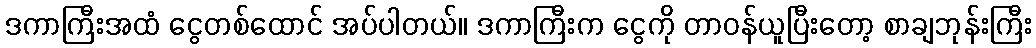
ဒကာကြီးအထံ ငွေတစ်ထောင် အပ်ပါတယ်။ ဒကာကြီးက ငွေကို တာဝန်ယူပြီးတော့ စာချဘုန်းကြီး